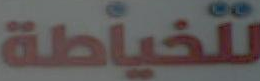
للخياطة